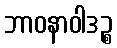
ဘာဝနာဝါဒဉ္စ